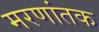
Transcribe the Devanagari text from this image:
मरणांतक